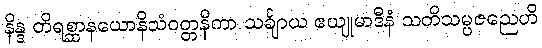
နိန္ဒ တိရစ္ဆာနယောနိသံဝတ္တနိကာ သင်္ချာယ ဧယျုမာဒီနံ သတိသမ္ပဇညေဟိ